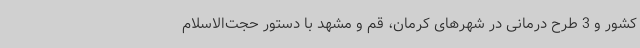
کشور و 3 طرح درمانی در شهرهای کرمان، قم و مشهد با دستور حجت‌الاسلام